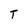
Character: T